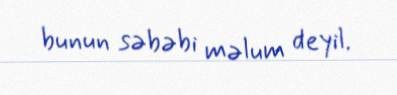
bunun səbəbi məlum deyil.